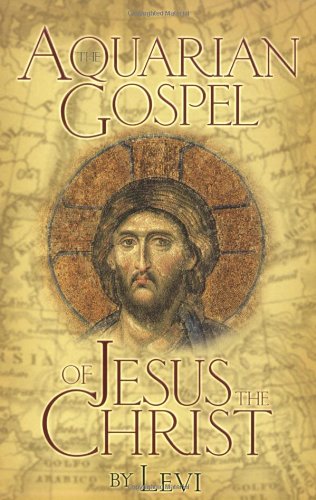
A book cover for The Aquarian Gospel of Jesus the Christ: The Philosophic and Practical Basis of the Religion of the Aquarian Age of the World and of the Church Universal; Levi; Christian Books & Bibles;